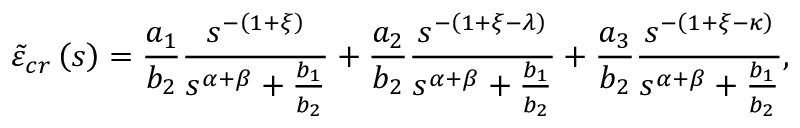
\tilde { \varepsilon } _ { c r } \left( s \right) = \frac { a _ { 1 } } { b _ { 2 } } \frac { s ^ { - \left( 1 + \xi \right) } } { s ^ { \alpha + \beta } + \frac { b _ { 1 } } { b _ { 2 } } } + \frac { a _ { 2 } } { b _ { 2 } } \frac { s ^ { - \left( 1 + \xi - \lambda \right) } } { s ^ { \alpha + \beta } + \frac { b _ { 1 } } { b _ { 2 } } } + \frac { a _ { 3 } } { b _ { 2 } } \frac { s ^ { - \left( 1 + \xi - \kappa \right) } } { s ^ { \alpha + \beta } + \frac { b _ { 1 } } { b _ { 2 } } } ,